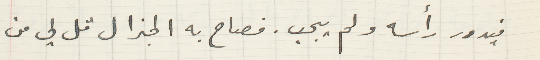
فيدور رأسه ولم يجب. فصاح به الجنرال قل لي من